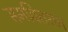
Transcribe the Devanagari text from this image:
समवितरण